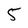
Character: 5